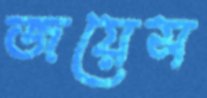
জয়েস